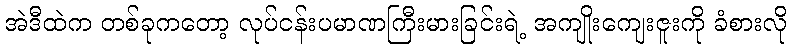
အဲဒီထဲက တစ်ခုကတော့ လုပ်ငန်းပမာဏကြီးမားခြင်းရဲ့ အကျိုးကျေးဇူးကို ခံစားလို